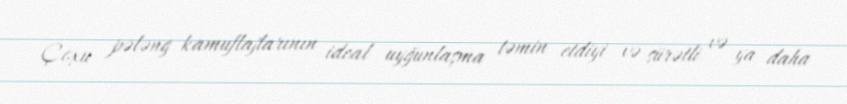
Çoxu pələng kamuflajlarının ideal uyğunlaşma təmin etdiyi və sürətli və ya daha